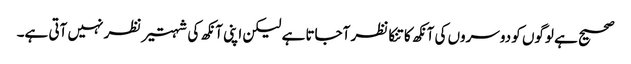
صحیح ہے لوگوں کو دوسروں کی آنکھ کا تنکا نظر آجاتا ہے لیکن اپنی آنکھ کی شہتیر نظر نہیں آتی ہے۔